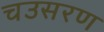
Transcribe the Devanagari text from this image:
चउसरण